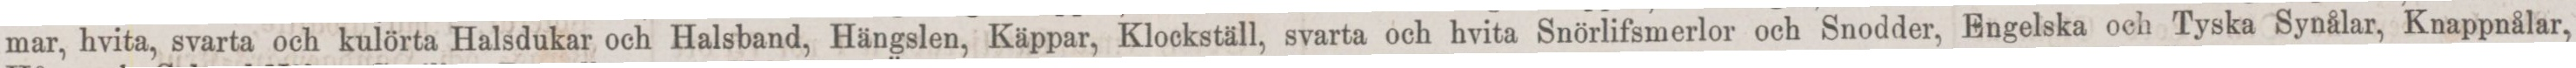
mar, hvita, svarta och kulörta Halsdukar och Halsband, Hängslen, Käppar, Klockställ, svarta och hvita Snörlifsmerlor och Snodder, Engelska och Tyska Synålar, Knappnålar,